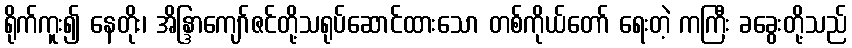
ရိုက်ကူး၍ နေတိုး၊ အိန္ဒြာကျော်ဇင်တို့သရုပ်ဆောင်ထားသော တစ်ကိုယ်တော် ရေးတဲ့ ကကြီး ခခွေးတို့သည်